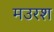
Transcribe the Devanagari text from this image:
मउरश